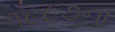
૧૮૮૭ના